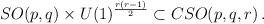
LaTeX: \begin{align*}SO(p,q)\times U(1)^{r\left(r-1\right)\over2}\subset CSO(p,q,r)\,.\end{align*}